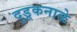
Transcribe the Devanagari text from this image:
दुडूकनाळे